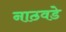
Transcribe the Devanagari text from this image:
नाठवडे